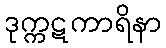
ဒုက္ကဋကာရိနာ